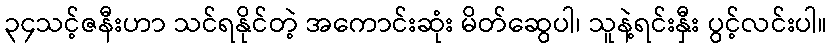
၃၄သင့်ဇနီးဟာ သင်ရနိုင်တဲ့ အကောင်းဆုံး မိတ်ဆွေပါ၊ သူနဲ့ရင်းနှီး ပွင့်လင်းပါ။